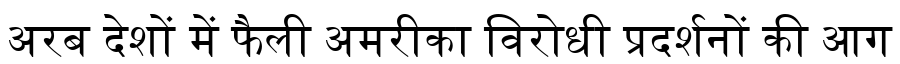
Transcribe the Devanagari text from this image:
अरब देशों में फैली अमरीका विरोधी प्रदर्शनों की आग